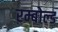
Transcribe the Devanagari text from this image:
रम्बोल्ड